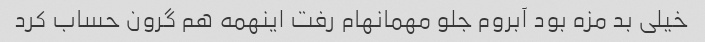
خیلی بد مزه بود آبروم جلو مهمانهام رفت اینهمه هم گرون حساب کرد